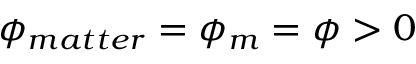
\phi _ { m a t t e r } = \phi _ { m } = \phi > 0